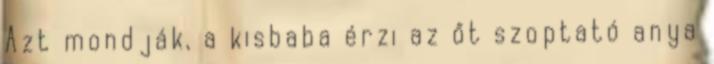
Azt mondják, a kisbaba érzi az őt szoptató anya